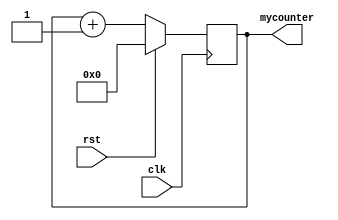
`timescale 1ns / 1ps
//////////////////////////////////////////////////////////////////////////////////
// Company: 
// Engineer: 
// 
// Design Name: 
// Module Name:    counter 
// Project Name: 
// Target Devices: 
// Tool versions: 
// Description: 
//
// Dependencies: 
//
// Revision: 
// Revision 0.01 - File Created
// Additional Comments: 
//
//////////////////////////////////////////////////////////////////////////////////
module counter(input clk, input rst, output reg [31:0] mycounter);
        
//-- Sensitive to rising edge
always @(posedge clk) begin
  //-- Incrementar el registro
  if (rst)
    mycounter = 0;
  else
    mycounter = mycounter + 1;
end
endmodule